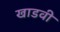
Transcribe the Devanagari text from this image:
खाडवी